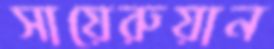
সায়েরুয়ান